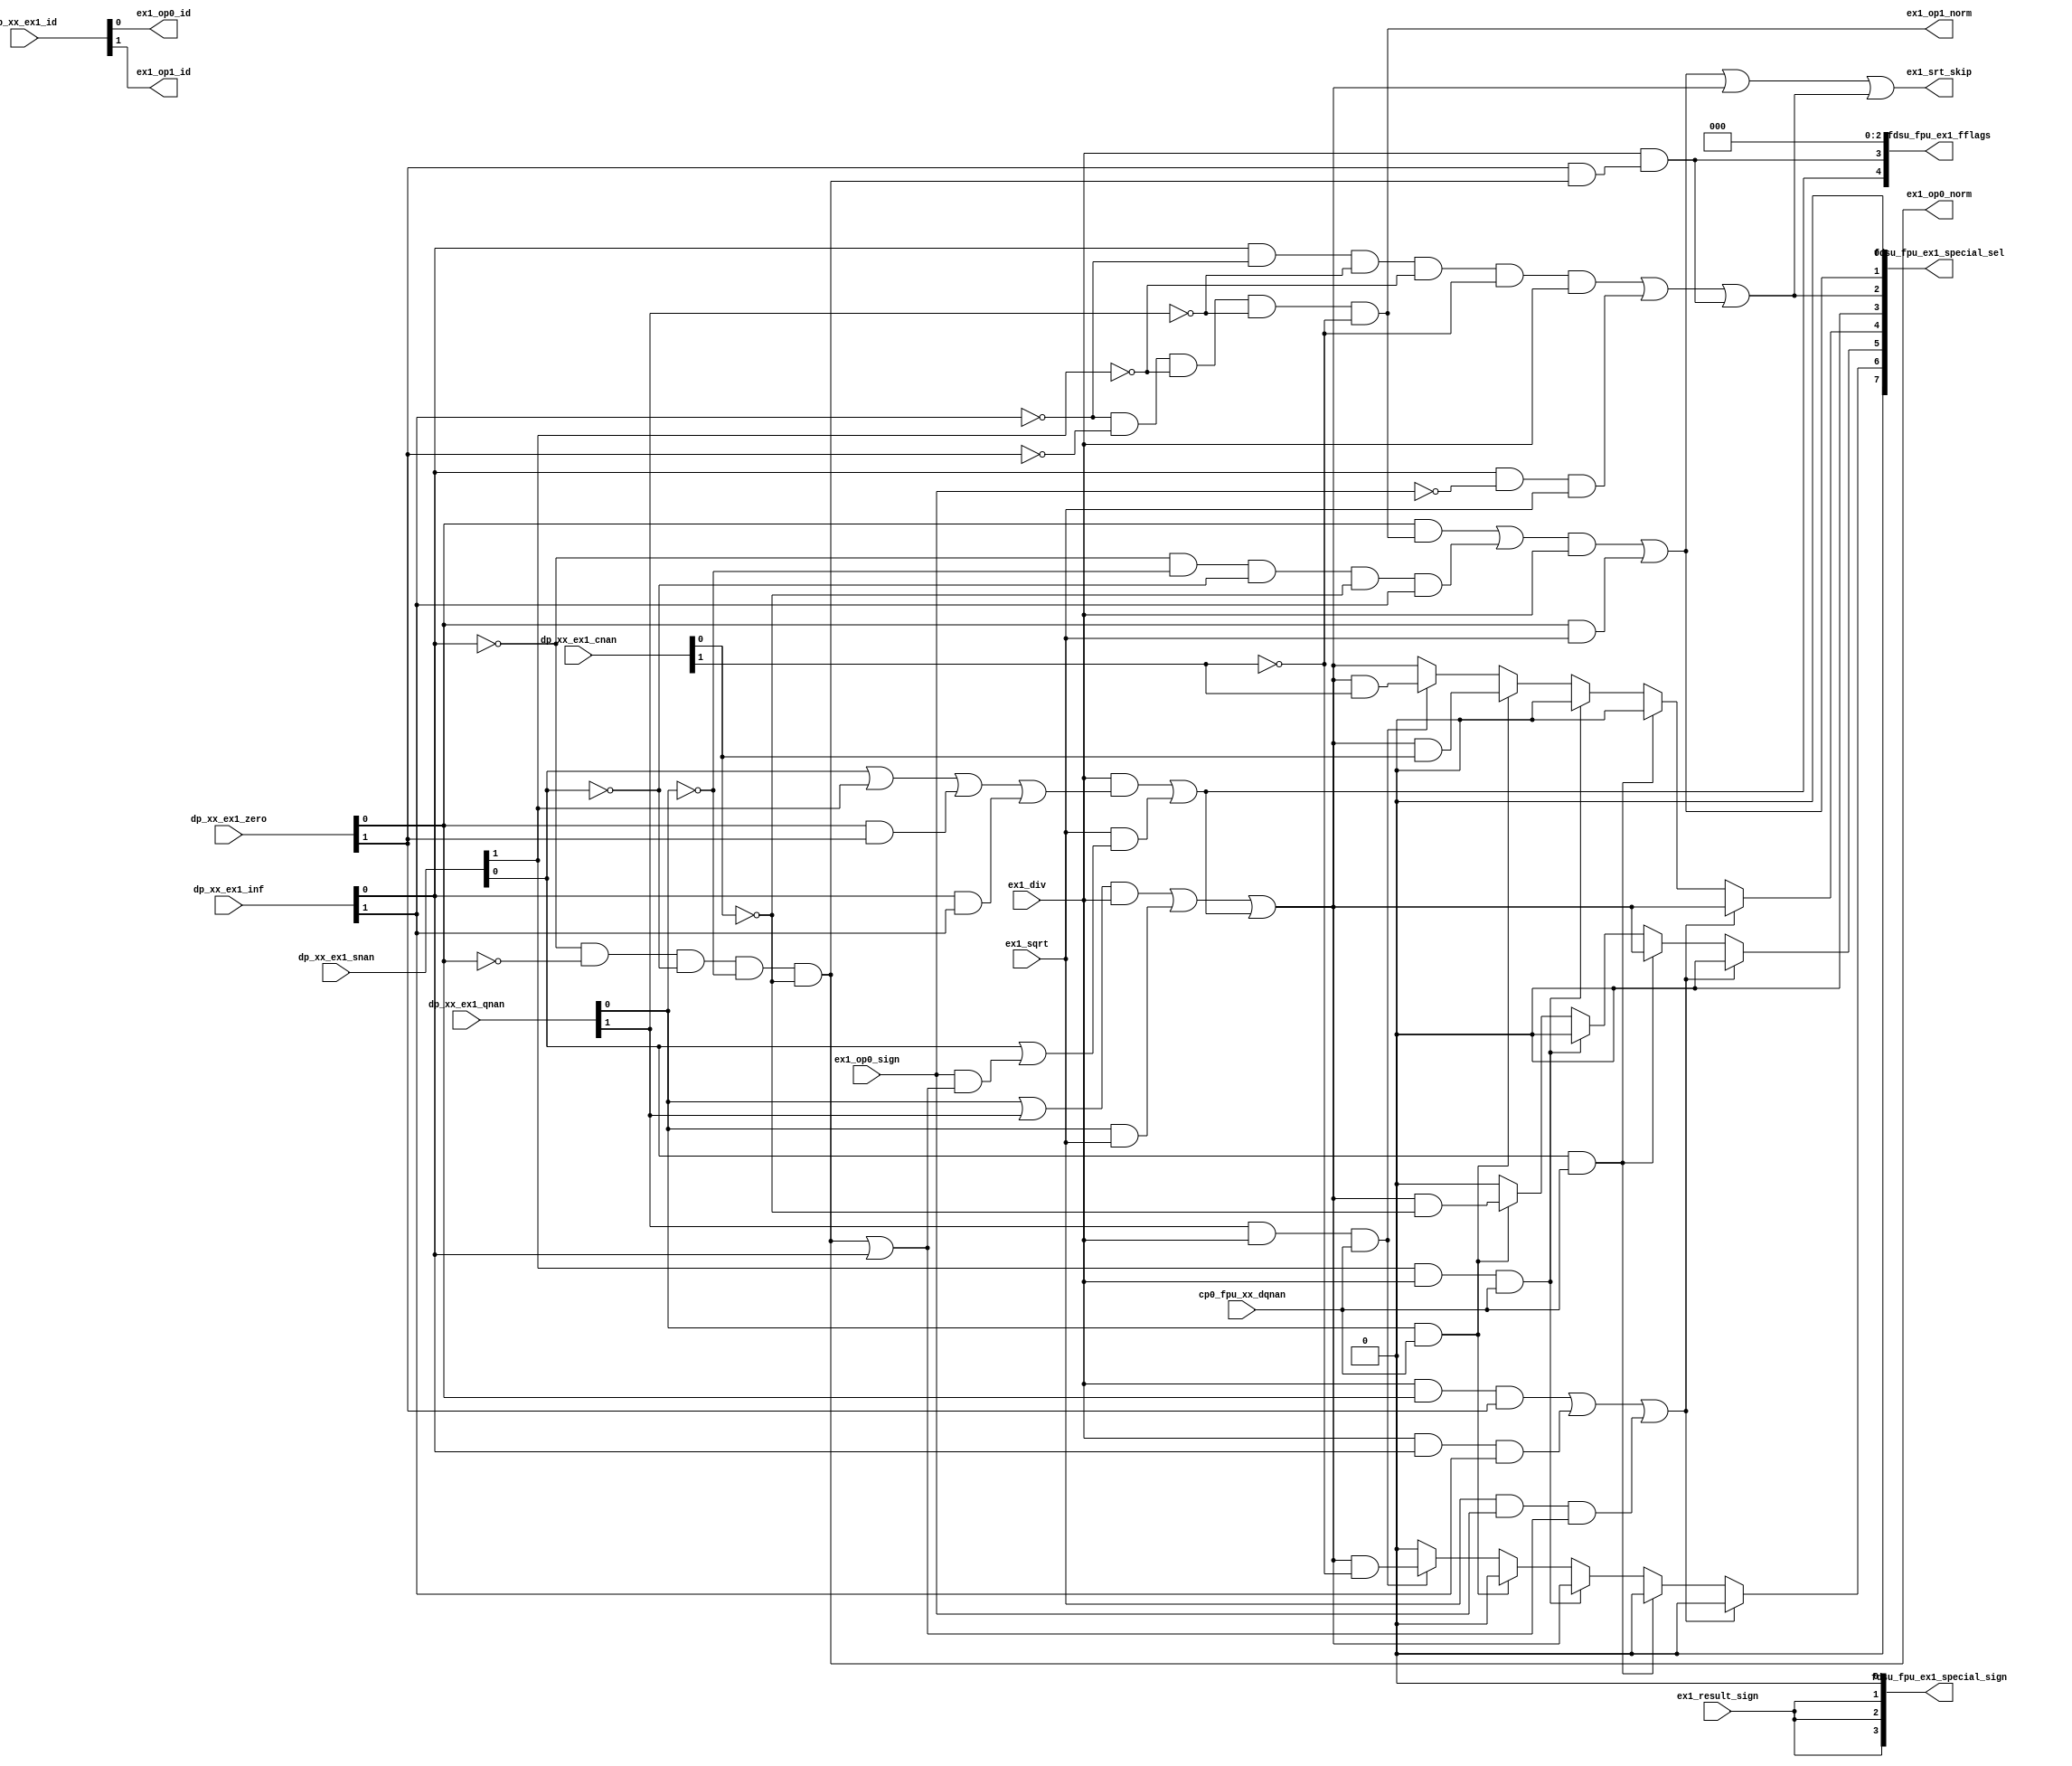
/*Copyright 2020-2021 T-Head Semiconductor Co., Ltd.

Licensed under the Apache License, Version 2.0 (the "License");
you may not use this file except in compliance with the License.
You may obtain a copy of the License at

    http://www.apache.org/licenses/LICENSE-2.0

Unless required by applicable law or agreed to in writing, software
distributed under the License is distributed on an "AS IS" BASIS,
WITHOUT WARRANTIES OR CONDITIONS OF ANY KIND, either express or implied.
See the License for the specific language governing permissions and
limitations under the License.
*/

// &ModuleBeg; @23
module pa_fdsu_special(
  cp0_fpu_xx_dqnan,
  dp_xx_ex1_cnan,
  dp_xx_ex1_id,
  dp_xx_ex1_inf,
  dp_xx_ex1_qnan,
  dp_xx_ex1_snan,
  dp_xx_ex1_zero,
  ex1_div,
  ex1_op0_id,
  ex1_op0_norm,
  ex1_op0_sign,
  ex1_op1_id,
  ex1_op1_norm,
  ex1_result_sign,
  ex1_sqrt,
  ex1_srt_skip,
  fdsu_fpu_ex1_fflags,
  fdsu_fpu_ex1_special_sel,
  fdsu_fpu_ex1_special_sign
);

// &Ports; @24
input          cp0_fpu_xx_dqnan;         
input   [2:0]  dp_xx_ex1_cnan;           
input   [2:0]  dp_xx_ex1_id;             
input   [2:0]  dp_xx_ex1_inf;            
input   [2:0]  dp_xx_ex1_qnan;           
input   [2:0]  dp_xx_ex1_snan;           
input   [2:0]  dp_xx_ex1_zero;           
input          ex1_div;                  
input          ex1_op0_sign;             
input          ex1_result_sign;          
input          ex1_sqrt;                 
output         ex1_op0_id;               
output         ex1_op0_norm;             
output         ex1_op1_id;               
output         ex1_op1_norm;             
output         ex1_srt_skip;             
output  [4:0]  fdsu_fpu_ex1_fflags;      
output  [7:0]  fdsu_fpu_ex1_special_sel; 
output  [3:0]  fdsu_fpu_ex1_special_sign; 

// &Regs; @25
reg            ex1_result_cnan;          
reg            ex1_result_qnan_op0;      
reg            ex1_result_qnan_op1;      

// &Wires; @26
wire           cp0_fpu_xx_dqnan;         
wire    [2:0]  dp_xx_ex1_cnan;           
wire    [2:0]  dp_xx_ex1_id;             
wire    [2:0]  dp_xx_ex1_inf;            
wire    [2:0]  dp_xx_ex1_qnan;           
wire    [2:0]  dp_xx_ex1_snan;           
wire    [2:0]  dp_xx_ex1_zero;           
wire           ex1_div;                  
wire           ex1_div_dz;               
wire           ex1_div_nv;               
wire           ex1_div_rst_inf;          
wire           ex1_div_rst_qnan;         
wire           ex1_div_rst_zero;         
wire           ex1_dz;                   
wire    [4:0]  ex1_fflags;               
wire           ex1_nv;                   
wire           ex1_op0_cnan;             
wire           ex1_op0_id;               
wire           ex1_op0_inf;              
wire           ex1_op0_is_qnan;          
wire           ex1_op0_is_snan;          
wire           ex1_op0_norm;             
wire           ex1_op0_qnan;             
wire           ex1_op0_sign;             
wire           ex1_op0_snan;             
wire           ex1_op0_tt_zero;          
wire           ex1_op0_zero;             
wire           ex1_op1_cnan;             
wire           ex1_op1_id;               
wire           ex1_op1_inf;              
wire           ex1_op1_is_qnan;          
wire           ex1_op1_is_snan;          
wire           ex1_op1_norm;             
wire           ex1_op1_qnan;             
wire           ex1_op1_snan;             
wire           ex1_op1_tt_zero;          
wire           ex1_op1_zero;             
wire           ex1_result_inf;           
wire           ex1_result_lfn;           
wire           ex1_result_qnan;          
wire           ex1_result_sign;          
wire           ex1_result_zero;          
wire           ex1_rst_default_qnan;     
wire    [7:0]  ex1_special_sel;          
wire    [3:0]  ex1_special_sign;         
wire           ex1_sqrt;                 
wire           ex1_sqrt_nv;              
wire           ex1_sqrt_rst_inf;         
wire           ex1_sqrt_rst_qnan;        
wire           ex1_sqrt_rst_zero;        
wire           ex1_srt_skip;             
wire    [4:0]  fdsu_fpu_ex1_fflags;      
wire    [7:0]  fdsu_fpu_ex1_special_sel; 
wire    [3:0]  fdsu_fpu_ex1_special_sign; 


//infinity number
// &Force("bus", "dp_xx_ex1_inf", 2, 0); @29
assign  ex1_op0_inf                = dp_xx_ex1_inf[0];
assign  ex1_op1_inf                = dp_xx_ex1_inf[1];

//zero
// &Force("bus", "dp_xx_ex1_zero", 2, 0); @34
assign ex1_op0_zero                = dp_xx_ex1_zero[0];
assign ex1_op1_zero                = dp_xx_ex1_zero[1];

//denormalize number
// &Force("bus", "dp_xx_ex1_id", 2, 0); @39
assign ex1_op0_id                  = dp_xx_ex1_id[0];
assign ex1_op1_id                  = dp_xx_ex1_id[1];

//cNaN
// &Force("bus", "dp_xx_ex1_cnan", 2, 0); @44
assign ex1_op0_cnan                = dp_xx_ex1_cnan[0];
assign ex1_op1_cnan                = dp_xx_ex1_cnan[1];

//sNaN
// &Force("bus", "dp_xx_ex1_snan", 2, 0); @49
assign ex1_op0_snan                = dp_xx_ex1_snan[0];
assign ex1_op1_snan                = dp_xx_ex1_snan[1];

//qNaN
// &Force("bus", "dp_xx_ex1_qnan", 2, 0); @54
assign ex1_op0_qnan                = dp_xx_ex1_qnan[0];
assign ex1_op1_qnan                = dp_xx_ex1_qnan[1];


//======================EX1 expt detect=====================
//ex1_id_detect
//any opration is zero
// no input denormalize exception anymore
//
//ex1_nv_detect
//div_nv
//  1.any operation is sNaN
//  2.0/0(include DN flush to zero)
//  3.inf/inf
//sqrt_nv
//  1.any operation is sNaN
//  2.operation sign is 1 && operation is not zero/qNaN
assign ex1_nv      = ex1_div  && ex1_div_nv  ||
                     ex1_sqrt && ex1_sqrt_nv;
//ex1_div_nv
assign ex1_div_nv  = ex1_op0_snan ||
                     ex1_op1_snan ||
                    (ex1_op0_tt_zero && ex1_op1_tt_zero)||
                    (ex1_op0_inf && ex1_op1_inf);
assign ex1_op0_tt_zero = ex1_op0_zero;
assign ex1_op1_tt_zero = ex1_op1_zero;
//ex1_sqrt_nv
assign ex1_sqrt_nv = ex1_op0_snan ||
                     ex1_op0_sign &&
                    (ex1_op0_norm ||
                     ex1_op0_inf );

// This 'norm' also include denorm.
assign ex1_op0_norm = !ex1_op0_inf && !ex1_op0_zero && !ex1_op0_snan && !ex1_op0_qnan && !ex1_op0_cnan;
assign ex1_op1_norm = !ex1_op1_inf && !ex1_op1_zero && !ex1_op1_snan && !ex1_op1_qnan && !ex1_op1_cnan;

//ex1_of_detect
//div_of
//  1.only detect id overflow case
//assign ex1_of      = ex1_div && ex1_div_of;
//assign ex1_div_of  = ex1_op1_id_fm1 &&
//                     ex1_op0_norm &&
//                     ex1_div_id_of;
//
////ex1_uf_detect
////div_uf
////  1.only detect id underflow case
//assign ex1_uf      = ex1_div && ex1_div_uf;
//assign ex1_div_uf  = ex1_op0_id &&
//                     ex1_op1_norm &&
//                     ex1_div_id_uf;
//ex1_dz_detect
//div_dz
//  1.op0 is normal && op1 zero
assign ex1_dz      = ex1_div && ex1_div_dz;
assign ex1_div_dz  = ex1_op1_tt_zero && ex1_op0_norm;

//===================special cal result=====================
//ex1 result is zero
//div_zero
//  1.op0 is zero && op1 is normal
//  2.op0 is zero/normal && op1 is inf
//sqrt_zero
//  1.op0 is zero
assign ex1_result_zero   = ex1_div_rst_zero  && ex1_div  ||
                           ex1_sqrt_rst_zero && ex1_sqrt;
assign ex1_div_rst_zero  = (ex1_op0_tt_zero && ex1_op1_norm ) ||
                           // (!ex1_expnt0_max && !ex1_op0_cnan && ex1_op1_inf);
                           (!ex1_op0_inf && !ex1_op0_qnan && !ex1_op0_snan && !ex1_op0_cnan && ex1_op1_inf);
assign ex1_sqrt_rst_zero = ex1_op0_tt_zero;

//ex1 result is qNaN
//ex1_nv
//div_qnan
//  1.op0 is qnan || op1 is qnan
//sqrt_qnan
//  1.op0 is qnan
assign ex1_result_qnan   = ex1_div_rst_qnan  && ex1_div  ||
                           ex1_sqrt_rst_qnan && ex1_sqrt ||
                           ex1_nv;
assign ex1_div_rst_qnan  = ex1_op0_qnan ||
                           ex1_op1_qnan;
assign ex1_sqrt_rst_qnan = ex1_op0_qnan;

//ex1_rst_default_qnan
//0/0, inf/inf, sqrt negative should get default qNaN
assign ex1_rst_default_qnan = (ex1_div && ex1_op0_zero && ex1_op1_zero) ||
                              (ex1_div && ex1_op0_inf  && ex1_op1_inf)  ||
                              (ex1_sqrt&& ex1_op0_sign && (ex1_op0_norm || ex1_op0_inf));

//ex1 result is inf
//ex1_dz
//
//div_inf
//  1.op0 is inf && op1 is normal/zero
//sqrt_inf
//  1.op0 is inf
assign ex1_result_inf    = ex1_div_rst_inf  && ex1_div  ||
                           ex1_sqrt_rst_inf && ex1_sqrt ||
                           ex1_dz ;
// assign ex1_div_rst_inf   = ex1_op0_inf && !ex1_expnt1_max && !ex1_op1_cnan;
assign ex1_div_rst_inf   = ex1_op0_inf && !ex1_op1_inf && !ex1_op1_qnan && !ex1_op1_snan && !ex1_op1_cnan;
assign ex1_sqrt_rst_inf  = ex1_op0_inf && !ex1_op0_sign;

//ex1 result is lfn
//ex1_of && round result toward not inc 1
assign ex1_result_lfn = 1'b0;

//Default_qnan/Standard_qnan Select
assign ex1_op0_is_snan      = ex1_op0_snan;
assign ex1_op1_is_snan      = ex1_op1_snan && ex1_div;
assign ex1_op0_is_qnan      = ex1_op0_qnan;
assign ex1_op1_is_qnan      = ex1_op1_qnan && ex1_div;

// &CombBeg; @169
always @( ex1_op0_is_snan
       or ex1_op0_cnan
       or ex1_result_qnan
       or ex1_op0_is_qnan
       or ex1_rst_default_qnan
       or cp0_fpu_xx_dqnan
       or ex1_op1_cnan
       or ex1_op1_is_qnan
       or ex1_op1_is_snan)
begin
if(ex1_rst_default_qnan)
begin
  ex1_result_qnan_op0  = 1'b0;
  ex1_result_qnan_op1  = 1'b0;
  ex1_result_cnan      = ex1_result_qnan;
end
else if(ex1_op0_is_snan && cp0_fpu_xx_dqnan)
begin
  ex1_result_qnan_op0  = ex1_result_qnan;
  ex1_result_qnan_op1  = 1'b0;
  ex1_result_cnan      = 1'b0;
end
else if(ex1_op1_is_snan && cp0_fpu_xx_dqnan)
begin
  ex1_result_qnan_op0  = 1'b0;
  ex1_result_qnan_op1  = ex1_result_qnan;
  ex1_result_cnan      = 1'b0;
end
else if(ex1_op0_is_qnan && cp0_fpu_xx_dqnan)
begin
  ex1_result_qnan_op0  = ex1_result_qnan && !ex1_op0_cnan;
  ex1_result_qnan_op1  = 1'b0;
  ex1_result_cnan      = ex1_result_qnan &&  ex1_op0_cnan;
end
else if(ex1_op1_is_qnan && cp0_fpu_xx_dqnan)
begin
  ex1_result_qnan_op0  = 1'b0;
  ex1_result_qnan_op1  = ex1_result_qnan && !ex1_op1_cnan;
  ex1_result_cnan      = ex1_result_qnan &&  ex1_op1_cnan;
end
else
begin
  ex1_result_qnan_op0  = 1'b0;
  ex1_result_qnan_op1  = 1'b0;
  ex1_result_cnan      = ex1_result_qnan;
end
// &CombEnd; @206
end


//Special result should skip SRT logic
assign ex1_srt_skip = ex1_result_zero ||
                      ex1_result_qnan ||
                      ex1_result_lfn  ||
                      ex1_result_inf;
// fflags:
// NV, DZ, OF, UF, NX
assign ex1_fflags[4:0] = {ex1_nv, ex1_dz, 3'b0};
// Special Sel[7:0]:
// qnan_src2, qnan_src1, qnan_src0, cnan, lfn, inf, zero, src2
assign ex1_special_sel[7:0] = {1'b0, ex1_result_qnan_op1, ex1_result_qnan_op0,
                               ex1_result_cnan, ex1_result_lfn, ex1_result_inf,
                               ex1_result_zero, 1'b0};
// Special Sign[3:0]
// lfn, inf, zero, src2
assign ex1_special_sign[3:0] = {ex1_result_sign, ex1_result_sign, ex1_result_sign, 1'b0};

//==========================================================
//                      Output Signal
//==========================================================
assign fdsu_fpu_ex1_fflags[4:0]       = ex1_fflags[4:0];
assign fdsu_fpu_ex1_special_sel[7:0]  = ex1_special_sel[7:0];
assign fdsu_fpu_ex1_special_sign[3:0] = ex1_special_sign[3:0];

// &Force("output", "ex1_op0_norm"); @233
// &Force("output", "ex1_op1_norm"); @234

// &ModuleEnd; @236
endmodule